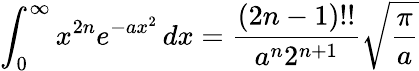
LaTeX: \int_{0}^{\infty}x^{2n}e^{-ax^{2}}\, dx={\frac{(2n-1)!!}{a^{n}2^{n+1}}}{\sqrt{\frac{\pi}{a}}}